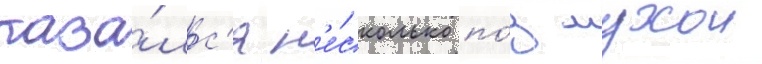
каза́лс'я н'е́сколько по́д мухои